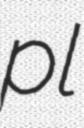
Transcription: pl